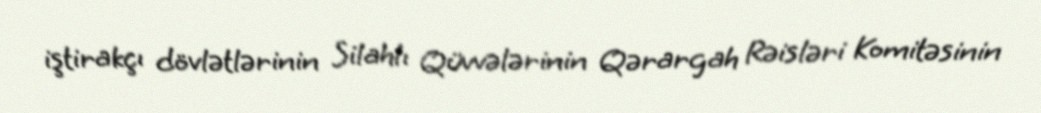
iştirakçı dövlətlərinin Silahlı Qüvvələrinin Qərargah Rəisləri Komitəsinin